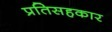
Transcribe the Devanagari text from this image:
प्रतिसहकार